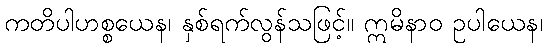
ကတိပါဟစ္စယေန၊ နှစ်ရက်လွန်သဖြင့်။ ဣမိနာဝ ဥပါယေန၊